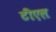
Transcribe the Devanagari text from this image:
टीएल